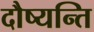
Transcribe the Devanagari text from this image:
दौष्यन्ति